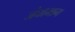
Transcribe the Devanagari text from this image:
जंघाभाग